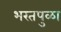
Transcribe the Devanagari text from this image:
भरतपुळा